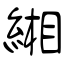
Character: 緗